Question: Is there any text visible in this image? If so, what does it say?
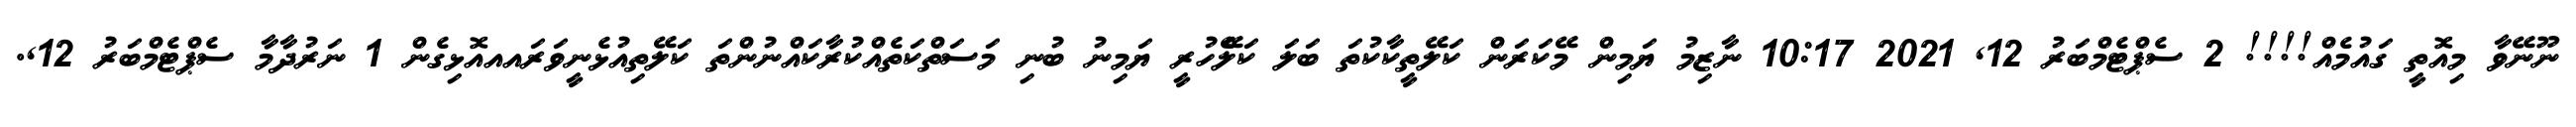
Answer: ނޫނޭވާ މިއޮތީ ގައުމެއް!!!! 2 ސެޕްޓެމްބަރު 12, 2021 10:17 ނާޒިމު ޔަމިން މޭކަރަން ކަލޭތީކާކުތަ ބަލަ ކަލެޭހުރީ ޔަމިނު ބުނި މަސަތްކަތެއްކުރާކައްނުންތަ ކަލޭތިއުޅެނީވަރައއއޮޅިގެން 1 ނަރުދާމާ ސެޕްޓެމްބަރު 12,.